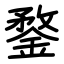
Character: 鍪